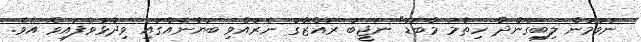
ނުވުމުން ލިބިގެންދާ ހިތާމަ މާބޮޑު" ނަޖީބު ރައްޒާގު ނެރުއްވި ބަޔާނެއްގައި ވިދާޅުވެފައިވެ އެވެ.